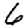
Digit: 6